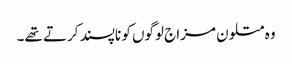
وہ متلون مزاج لوگوں کو ناپسند کرتے تھے۔